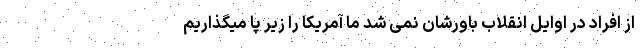
از افراد در اوایل انقلاب باورشان نمی شد ما آمریکا را زیر پا میگذاریم